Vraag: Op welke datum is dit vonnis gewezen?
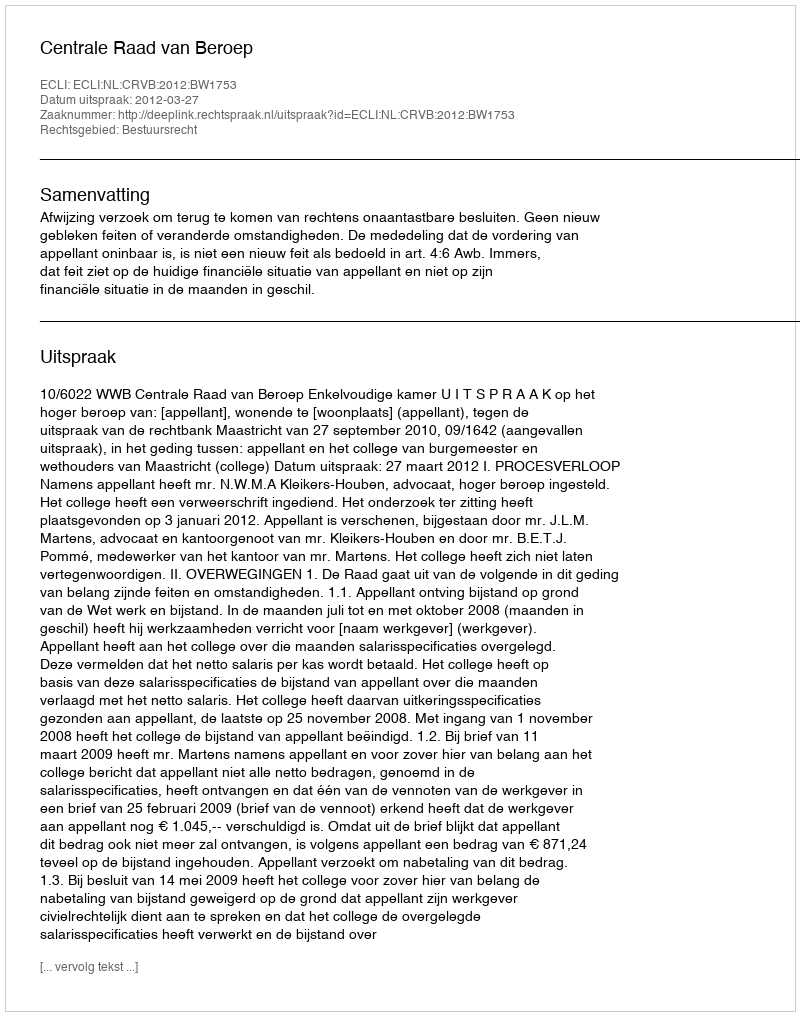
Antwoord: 2012-03-27